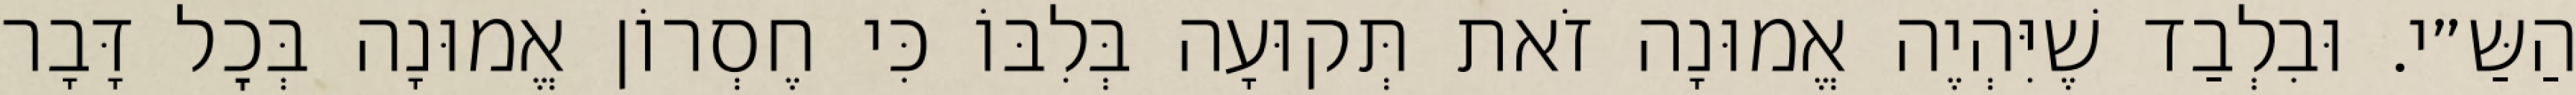
הַשַּ״י. וּבִלְבַד שֶׁיִּהְיֶה אֱמוּנָה זֹאת תְּקוּעָה בְּלִבּוֹ כִּי חֶסְרוֹן אֱמוּנָה בְּכׇל דָּבָר